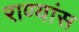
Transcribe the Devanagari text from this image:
राण्यांस